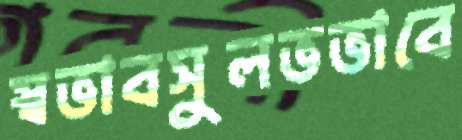
স্বভাবসুলভভাবে